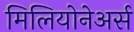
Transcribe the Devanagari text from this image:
मिलियोनेअर्स